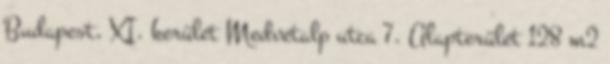
Budapest, XI. kerület Medvetalp utca 7. Alapterület 128 m2